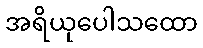
အရိယုပေါသထော